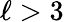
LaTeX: \ell>3